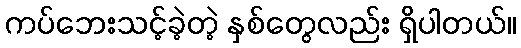
ကပ်ဘေးသင့်ခဲ့တဲ့ နှစ်တွေလည်း ရှိပါတယ်။